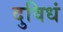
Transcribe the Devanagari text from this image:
दुविधं